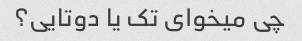
چی میخوای تک یا دوتایی؟